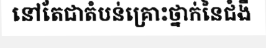
នៅតែជាតំបន់គ្រោះថ្នាក់នៃជំងឺ